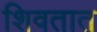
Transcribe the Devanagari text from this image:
शिवतात